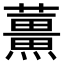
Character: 𫊌